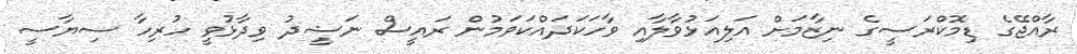
ރާއްޖޭގެ ޑިމޮކްރަސީގެ ނިޒާމަށް އަލިއަޅުވާލާއި ވާހަކަދައްކަވަމުން ރައީސް ނަޝީދު ވިދާޅުވީ ހުރިހާ ސިޔާސީ